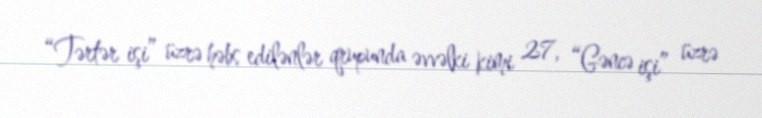
“Tərtər işi” üzrə həbs edilənlər qrupunda əvvəlki kimi 27, “Gəncə işi” üzrə